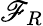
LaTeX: \mathscr{F}_{R}